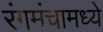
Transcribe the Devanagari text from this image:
रंगमंचामध्ये